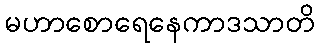
မဟာစောရေနေကာဒသာတိ